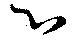
心